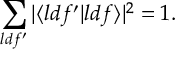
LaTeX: \sum _ { l d f ^ { \prime } } | \langle { l d f ^ { \prime } } | { l d f } \rangle | ^ { 2 } = 1 .